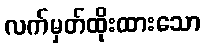
လက်မှတ်ထိုးထားသော